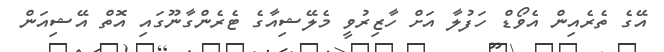
އޭގެ ތެރެއިން އެވޯޑް ހަފުލާ އަށް ހާޒިރުވީ މެލޭޝިއާގެ ޓެރެންގާނޫގައި އޮތް އޭޝިއަން